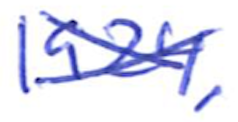
Text: 1924,
Cross-out: cross
Writing tool: ballpoint